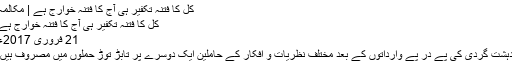
کل کا فتنہ تکفیر ہی آج کا فتنہ خوارج ہے | مکالمہ
کل کا فتنہ تکفیر ہی آج کا فتنہ خوارج ہے
21 فروری 2017ء
دہشت گردی کی پے در پے وارداتوں کے بعد مختلف نظریات و افکار کے حاملین ایک دوسرے پر تابڑ توڑ حملوں میں مصروف ہیں۔